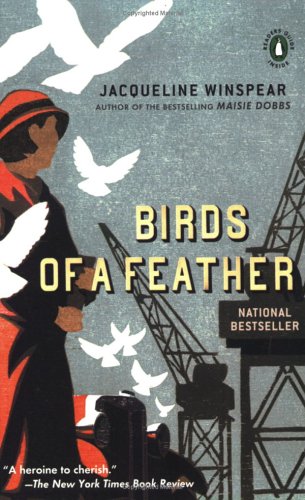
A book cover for Birds of a Feather (Maisie Dobbs, Book 2); Jacqueline Winspear; Mystery, Thriller & Suspense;